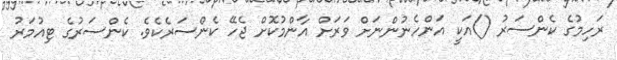
ރަހިމުގެ ކެންސަރު ()އަކީ އަންހެނުންނަށް ވަރަށް އާންމުކޮށް ޖެހޭ ކެންސަރެކެވެ. ކެންސަރުގެ ޓިއުމަރު